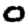
Digit: 0